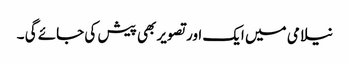
نیلامی میں ایک اور تصویر بھی پیش کی جائے گی ۔